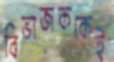
বিভাজককেই